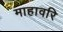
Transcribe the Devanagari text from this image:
माहावरि